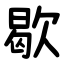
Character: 歇